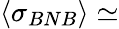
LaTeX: \langle\sigma_{BNB}\rangle\simeq